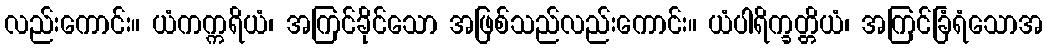
လည်းကောင်း။ ယံကက္ကရိယံ၊ အကြင်ခိုင်သော အဖြစ်သည်လည်းကောင်း။ ယံပါရိက္ခတ္တိယံ၊ အကြင်ခြံရံသောအ